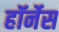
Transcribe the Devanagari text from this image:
हॉर्नेस